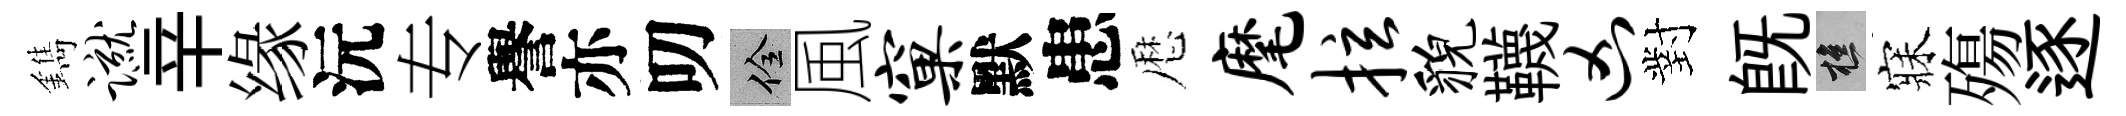
鐫蹴辛缘沅专譽亦叨佺風窠默患厯麾拉貌韈凶對旣樵寐殤逐